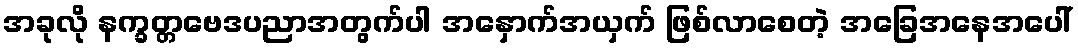
အခုလို နက္ခတ္တဗေဒပညာအတွက်ပါ အနှောက်အယှက် ဖြစ်လာစေတဲ့ အခြေအနေအပေါ်